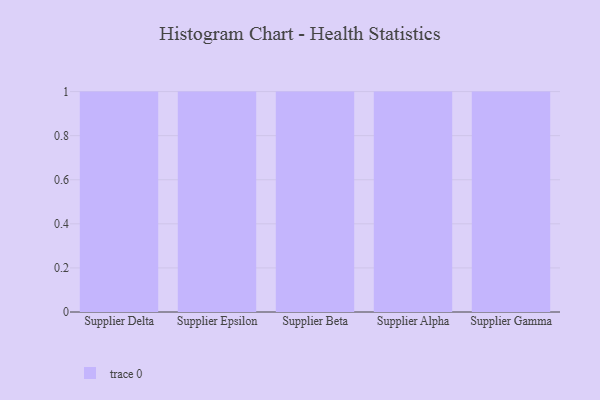
{"axis": {"x": "Supplier", "y": "Humidity (%)"}, "legend": [""], "data": [{"x": "Supplier Delta", "y": 92, "type": ""}, {"x": "Supplier Epsilon", "y": 62, "type": ""}, {"x": "Supplier Beta", "y": 97, "type": ""}, {"x": "Supplier Alpha", "y": 96, "type": ""}, {"x": "Supplier Gamma", "y": 83, "type": ""}]}